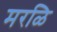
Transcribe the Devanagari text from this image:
मरळि